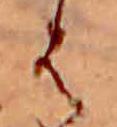
は